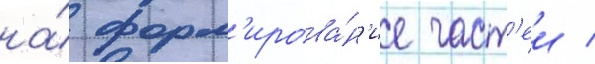
на́ форм'ирова́н'ие част'еи /